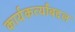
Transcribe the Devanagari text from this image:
कार्यकर्त्यांबद्दल